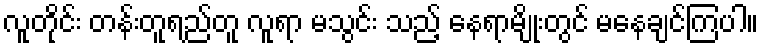
လူတိုင်း တန်းတူရည်တူ လူရာ မသွင်း သည့် နေရာမျိုးတွင် မနေချင်ကြပါ။